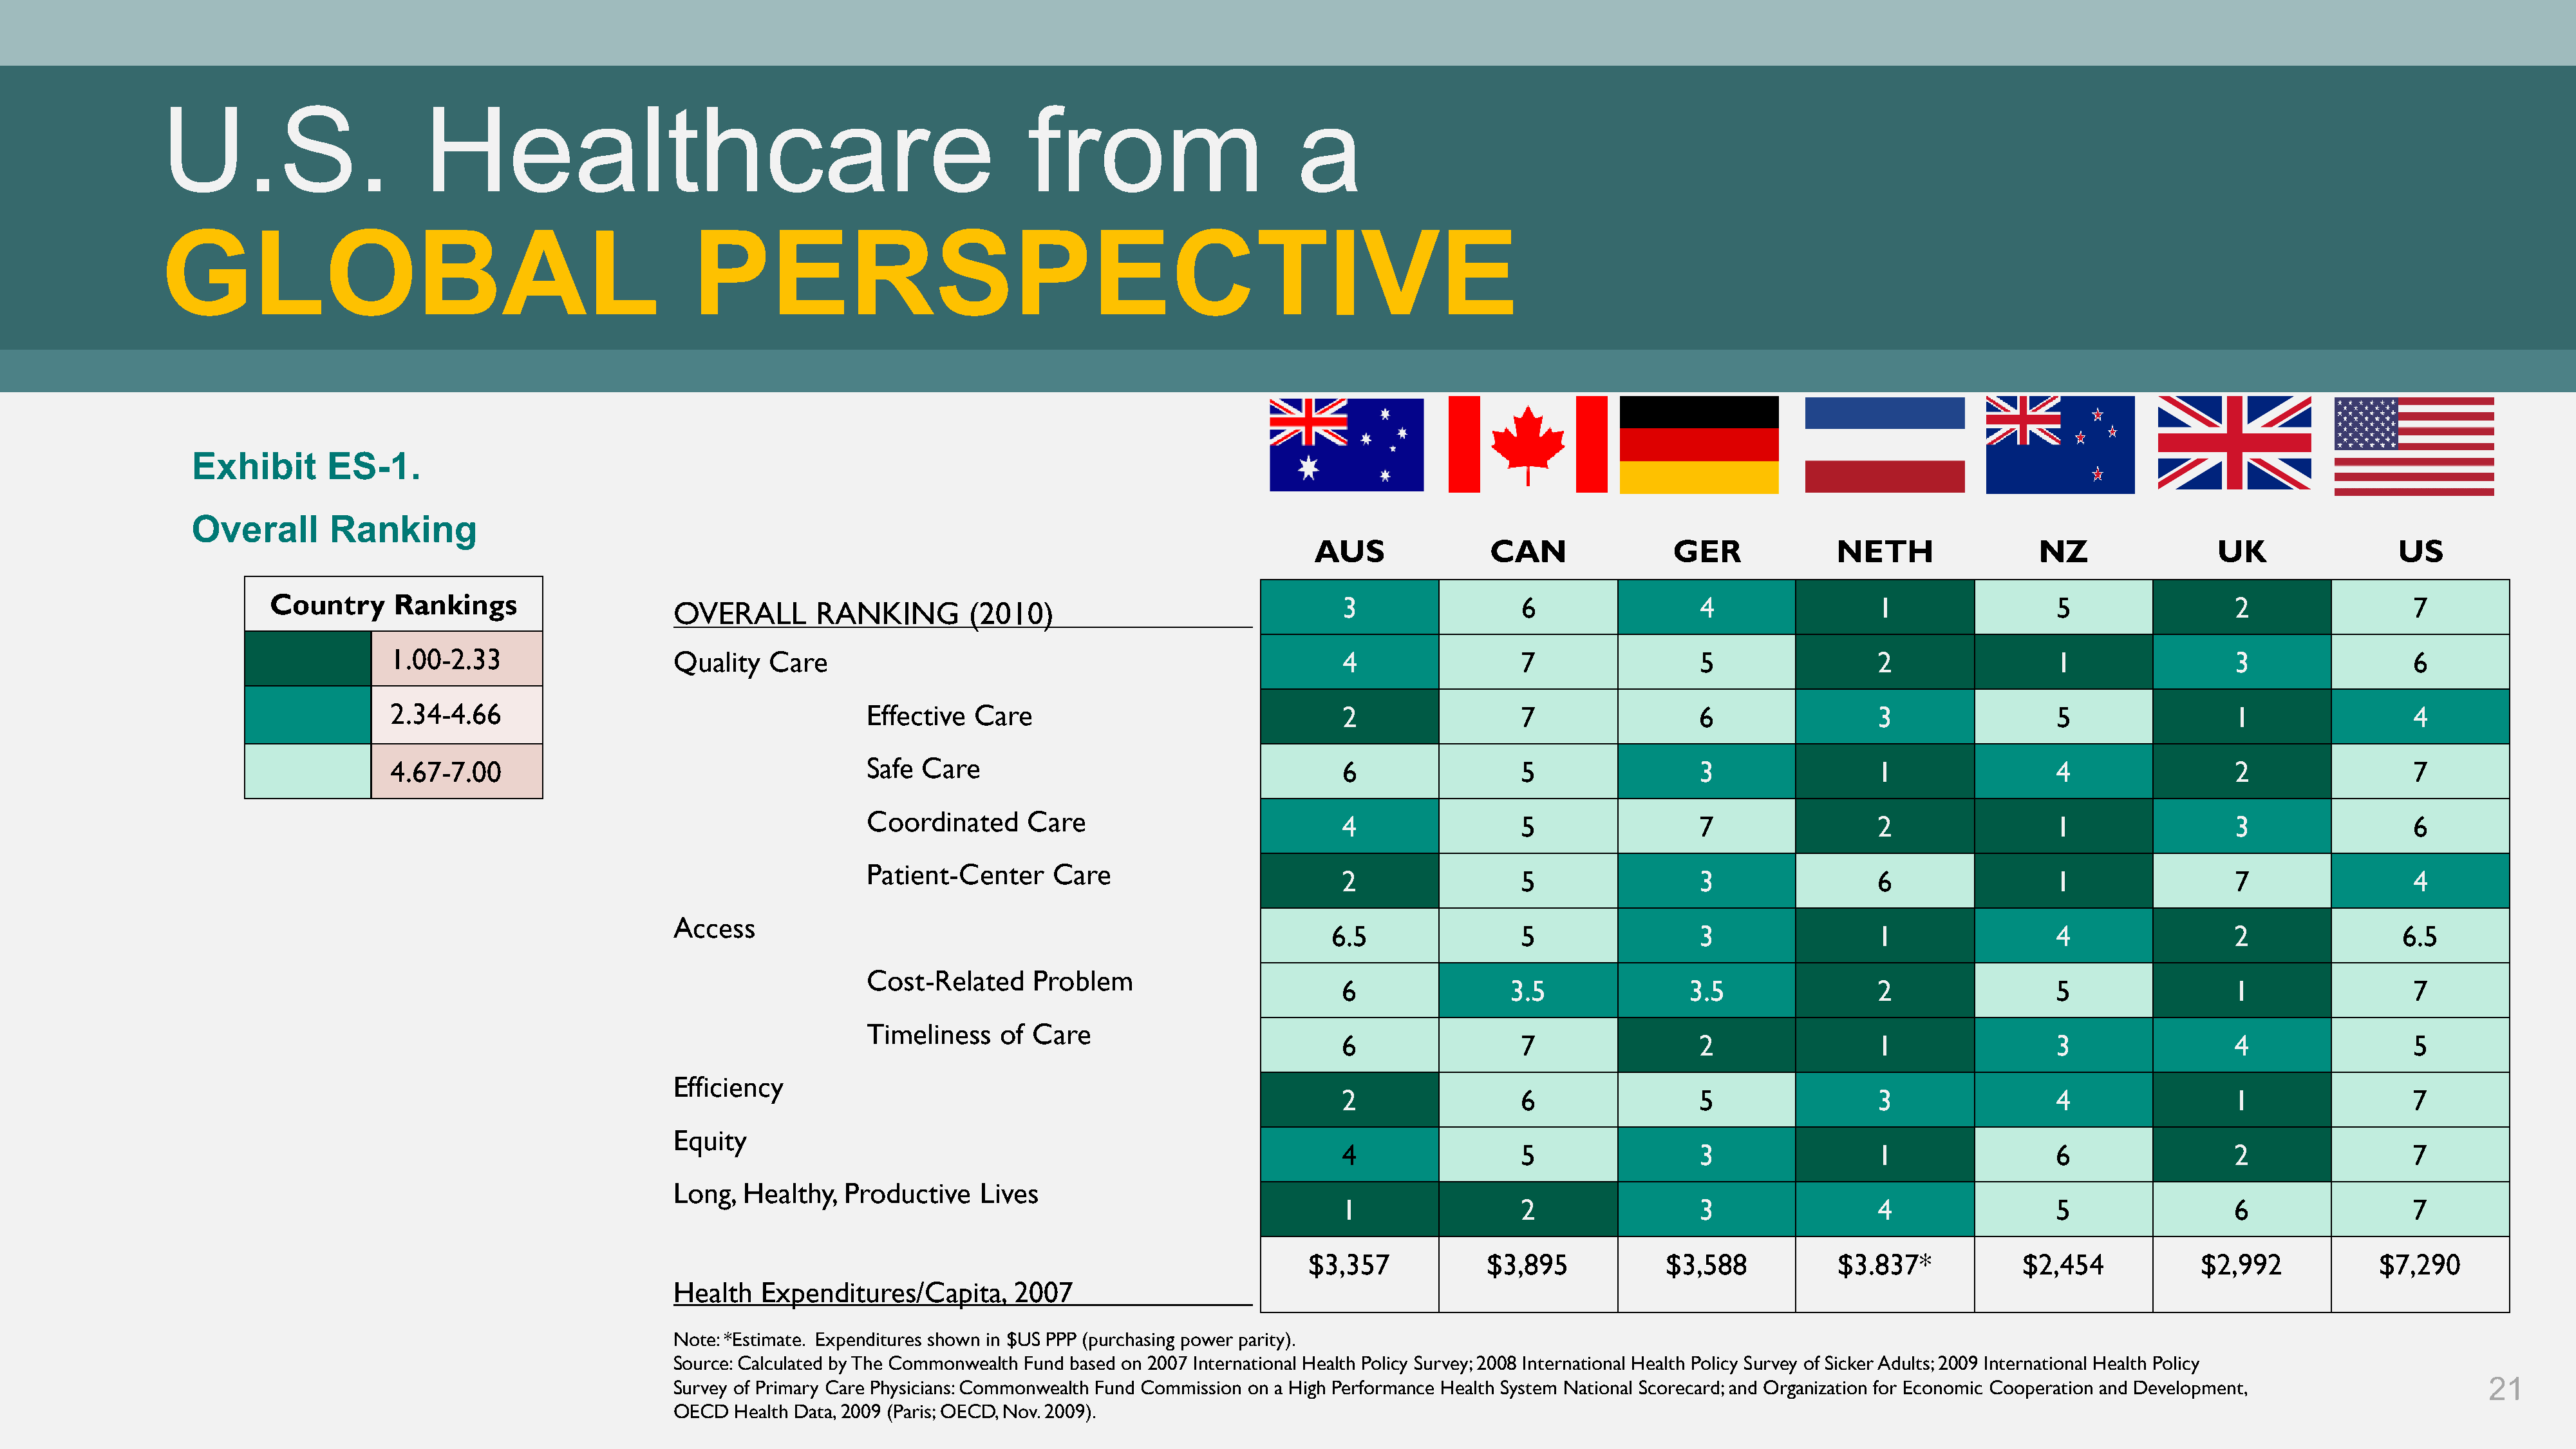
U.S.                       Healthcare                                                    from                       a
 GLOBAL                                                PERSPECTIVE
 Exhibit       ES-1.
 Overall       Ranking
 AUS               CAN                GER              NETH                 NZ                UK                US
 Country      Rankings                                                                                         3                 6                  4                 1                 5                  2                 7
 OVERALL        RANKING         (2010)
 1.00-2.33                    Quality   Care                                                       4                 7                  5                 2                 1                  3                 6
 2.34-4.66                                        Effective  Care                                  2                 7                  6                 3                 5                  1                 4
 4.67-7.00                                        Safe  Care                                       6                 5                  3                 1                 4                  2                 7
 Coordinated      Care
 4                 5                  7                 2                 1                  3                 6
 Patient-Center     Care
 2                 5                  3                 6                 1                  7                 4
 Access
 6.5                5                  3                 1                 4                  2                6.5
 Cost-Related     Problem
 6                3.5                3.5                2                 5                  1                 7
 Timeliness    of Care
 6                 7                  2                 1                 3                  4                 5
 Efficiency
 2                 6                  5                 3                 4                  1                 7
 Equity
 4                 5                  3                 1                 6                  2                 7
 Long,  Healthy,   Productive    Lives
 1                 2                  3                 4                 5                  6                 7
 $3,357             $3,895            $3,588            $3.837*            $2,454            $2,992             $7,290
 Health   Expenditures/Capita,      2007
 Note: *Estimate. Expenditures shown in $US PPP (purchasing power parity).
 Source: Calculated by The Commonwealth Fund based on 2007 International Health Policy Survey; 2008 International Health Policy Survey of Sicker Adults; 2009 International Health Policy
 Survey of Primary Care Physicians: Commonwealth Fund Commission on a High Performance Health System National Scorecard; and Organization for Economic Cooperation and Development,         21
 OECD   Health Data, 2009 (Paris; OECD, Nov. 2009).